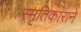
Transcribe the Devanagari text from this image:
स्मृतिकाराने